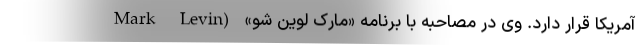
آمریکا قرار دارد. وی در مصاحبه با برنامه «مارک لوین شو» (Mark Levin